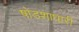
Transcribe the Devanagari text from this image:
षोडशाधारी